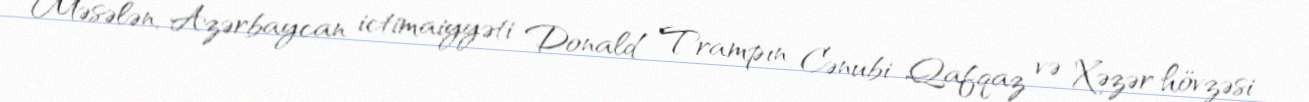
Məsələn, Azərbaycan ictimaiyyəti Donald Trampın Cənubi Qafqaz və Xəzər hövzəsi